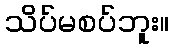
သိပ်မစပ်ဘူး။